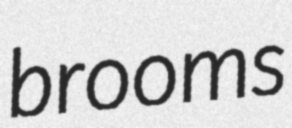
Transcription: brooms